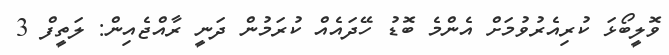
ވޮލީބޯޅަ ކުރިއެރުވުމަށް އެންމެ ބޮޑު ހޭދައެއް ކުރަމުން ދަނީ ރާއްޖެއިން: ލަތީފް 3